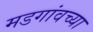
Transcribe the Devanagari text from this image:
मडगांवच्या